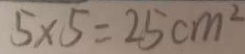
5 \times 5 = 2 5 c m ^ { 2 }